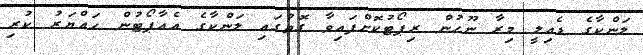
ލަންކާގެ ޑެއިލީ މިރާ ނޫހުން ރިޕޯޓުކޮށްފައިވާ ގޮތުގައި ލަންކާގެ އެއާޕޯޓުން ހައްޔަރު ކުރި